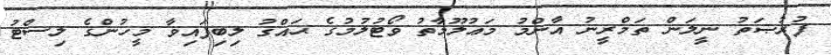
ފުރުޞަތު ނީލަން ތަމްރީނު އާންމު މަޢުލޫމާތު ވޯޓުލުމުގެ ޙައްޤު ލިބިފައިވާ މީހުންގެ ލިސްޓު